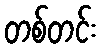
တစ်တင်း